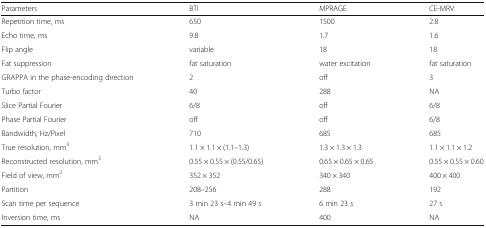
| Parameters | BTI | MPRAGE | CE-MRV |
 | --- | --- | --- | --- |
 | Repetition time, ms | 650 | 1500 | 2.8 |
 | Echo time, ms | 9.8 | 1.7 | 1.6 |
 | Flip angle | variable | 18 | 18 |
 | Fat suppression | fat saturation | water excitation | fat saturation |
 | GRAPPA in the phase-encoding direction | 2 | off | 3 |
 | Turbo factor | 40 | 288 | NA |
 | Slice Partial Fourier | 6/8 | off | 6/8 |
 | Phase Partial Fourier | off | off | 6/8 |
 | Bandwidth, Hz/Pixel | 710 | 685 | 685 |
 | True resolution, mm3 | 1.1 × 1.1 × (1.1–1.3) | 1.3 × 1.3 × 1.3 | 1.1 × 1.1 × 1.2 |
 | Reconstructed resolution, mm3 | 0.55 × 0.55 × (0.55/0.65) | 0.65 × 0.65 × 0.65 | 0.55 × 0.55 × 0.60 |
 | Field of view, mm2 | 352 × 352 | 340 × 340 | 400 × 400 |
 | Partition | 208–256 | 288 | 192 |
 | Scan time per sequence | 3 min 23 s–4 min 49 s | 6 min 23 s | 27 s |
 | Inversion time, ms | NA | 400 | NA |